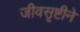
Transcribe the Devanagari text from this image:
जीवसृष्टीने